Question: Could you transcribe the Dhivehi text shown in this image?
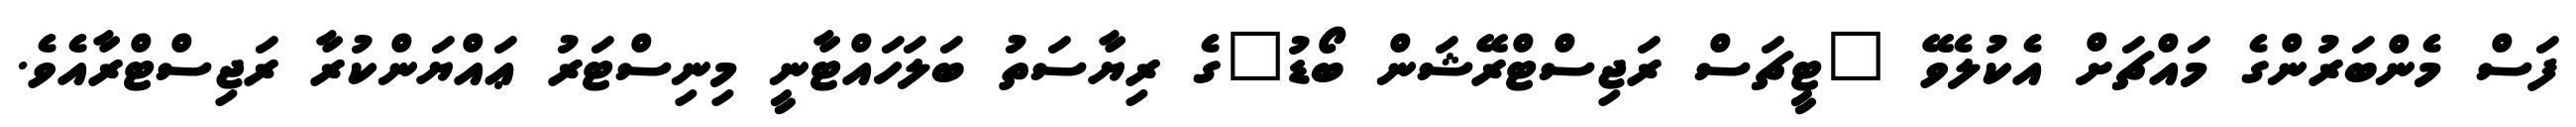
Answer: ފަސް މެންބަރުންގެ މައްޗަށް އެކުލެވޭ "ޓީޗަސް ރަޖިސްޓްރޭޝަން ބޯޑު"ގެ ރިޔާސަތު ބަލަހައްޓާނީ މިނިސްޓަރު ޢައްޔަންކުރާ ރަޖިސްޓްރާއެވެ.